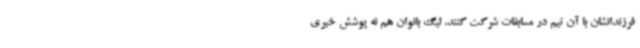
فرزندانشان با آن تیم در مسابقات شرکت کنند. لیگ بانوان هم نه پوشش خبری